Annual administration report of the Civil Veterinary Department of India - 1896-1897
Year: 1896
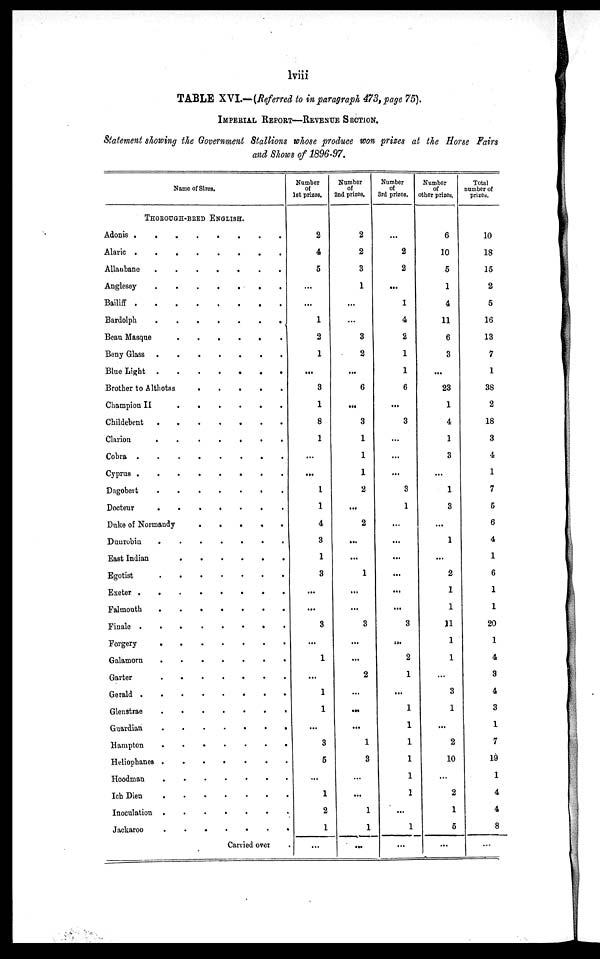
lviii
TABLE XVI.—(Referred to in paragraph 473, page 75).
IMPERIAL REPORT—REVENUE SECTION.
Statement showing the Government Stallions whose produce won prizes at the Horse Fairs
and Shows of 1896-97.
Name of Sires.
THOROUGH-BRED ENGLISH.
Adonis .
.
.
. . . . .
Alaric . . . . . . . .
Allaubane . . . . . . .
Anglesey
.
. . . . .
Bailiff . . . .. . . . .
Bardolph
.
.
. . . . .
Beau Masque . . . .
Beny Glass .
.
. . . . .
Blue Light . . . . . . .
Brother to Althotas .. . . .
Champion II
.
. . . .
Childebent . . . . . .
Clarion . . . . . . .
Cobra . . . . . . .
Cyprus . . . . . . . .
Dagobeit . . . . . . .
Docteur
.
.
. . . . .
Duke of Normandy
. . . . .
Duurobin . . . . . . .
East Indian . . . . . .
Egotist . . . .
Exeter . . . . . . . .
Falmouth
.
.
. . . . .
Finale .
.
. . . . .
Forgery . . . . . . .
Galamorn . . . . . . .
Garter . . . . . .
Gerald . . . . . . .
Glenstrae . . . . . .
Guardian . . . .
Hampton . . . .
Heliophanes . . . . . .
Hoodman . . . . . .
Ich Dien . . . . . .
Inoculation . . . . .
Jackaroo . . . .
Carried over
Number
of
1st prizes.
2
4
5
...
...
1
2
1
...
3
1
8
1
...
...
1
1
4
3
1
3
...
...
3
...
1
...
1
1
...
3
5
...
1
2
1
.
...
Number
of
2nd prizes.
2
2
3
1
...
...
3
2
...
6
...
3
1
1
1
2
...
2
...
...
1
...
...
3
...
...
2
...
...
...
1
3
...
...
1
1
...
Number
of
3rd prizes.
...
2
2
...
1
4
2
1
1
6
...
3
...
...
...
3
1
...
...
...
...
...
...
3
...
2
1
...
...
...
...
...
...
...
...
1
...
Number
of
other prizes.
6
10
5
1
4
11
6
3
...
23
1
4
1
3
...
1
3
...
1
...
2
1
1
11
1
1
...
3
1
...
2
10
...
2
1
5
...
Total
number of
prizes.
10
18
15
2
5
16
13
7
1
38
2
18
3
4
1
7
5
6
4
1
6
1
1
20
1
4
3
4
3
1
7
19
1
4
4
8
...